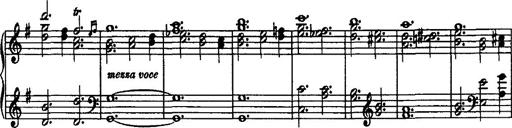
Title: Rondo di bravura
Composer: Franz Liszt